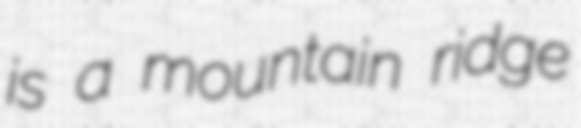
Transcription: is a mountain ridge